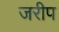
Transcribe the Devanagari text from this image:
जरीप